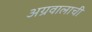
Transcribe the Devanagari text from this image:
अग्रवालाची